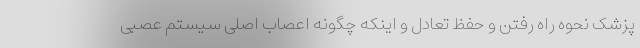
پزشک نحوه راه رفتن و حفظ تعادل و اینکه چگونه اعصاب اصلی سیستم عصبی